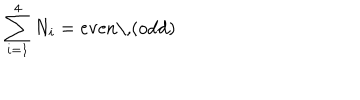
\sum _ { i = 1 } ^ { 4 } N _ { i } = \mathrm { e v e n \, ( o d d ) }